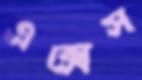
এক্সেস